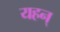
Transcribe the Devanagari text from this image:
यहन्